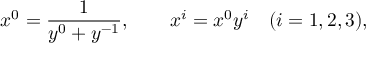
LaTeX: x ^ { 0 } = \frac 1 { y ^ { 0 } + y ^ { - 1 } } , \qquad x ^ { i } = x ^ { 0 } y ^ { i } \quad ( i = 1 , 2 , 3 ) ,